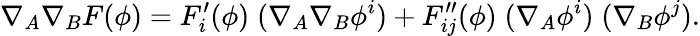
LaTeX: \nabla_{A}\nabla_{B}F(\phi)=F_{i}^{\prime}(\phi)\; (\nabla_{A}\nabla_{B}\phi^{i})+F_{ij}^{\prime\prime}(\phi)\; (\nabla_{A}\phi^{i})\; (\nabla_{B}\phi^{j}).